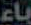
باء